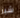
شبر